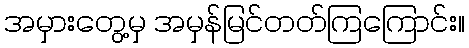
အမှားတွေ့မှ အမှန်မြင်တတ်ကြကြောင်း။